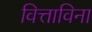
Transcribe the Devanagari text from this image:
वित्ताविना